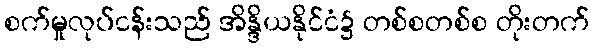
စက်မှုလုပ်ငန်းသည် အိန္ဒိယနိုင်ငံ၌ တစ်စတစ်စ တိုးတက်